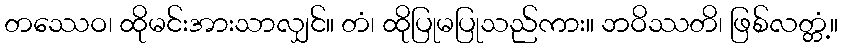
တဿေဝ၊ ထိုမင်းအားသာလျှင်။ တံ၊ ထိုပြုမပြုသည်ကား။ ဘဝိဿတိ၊ ဖြစ်လတ္တံ့။